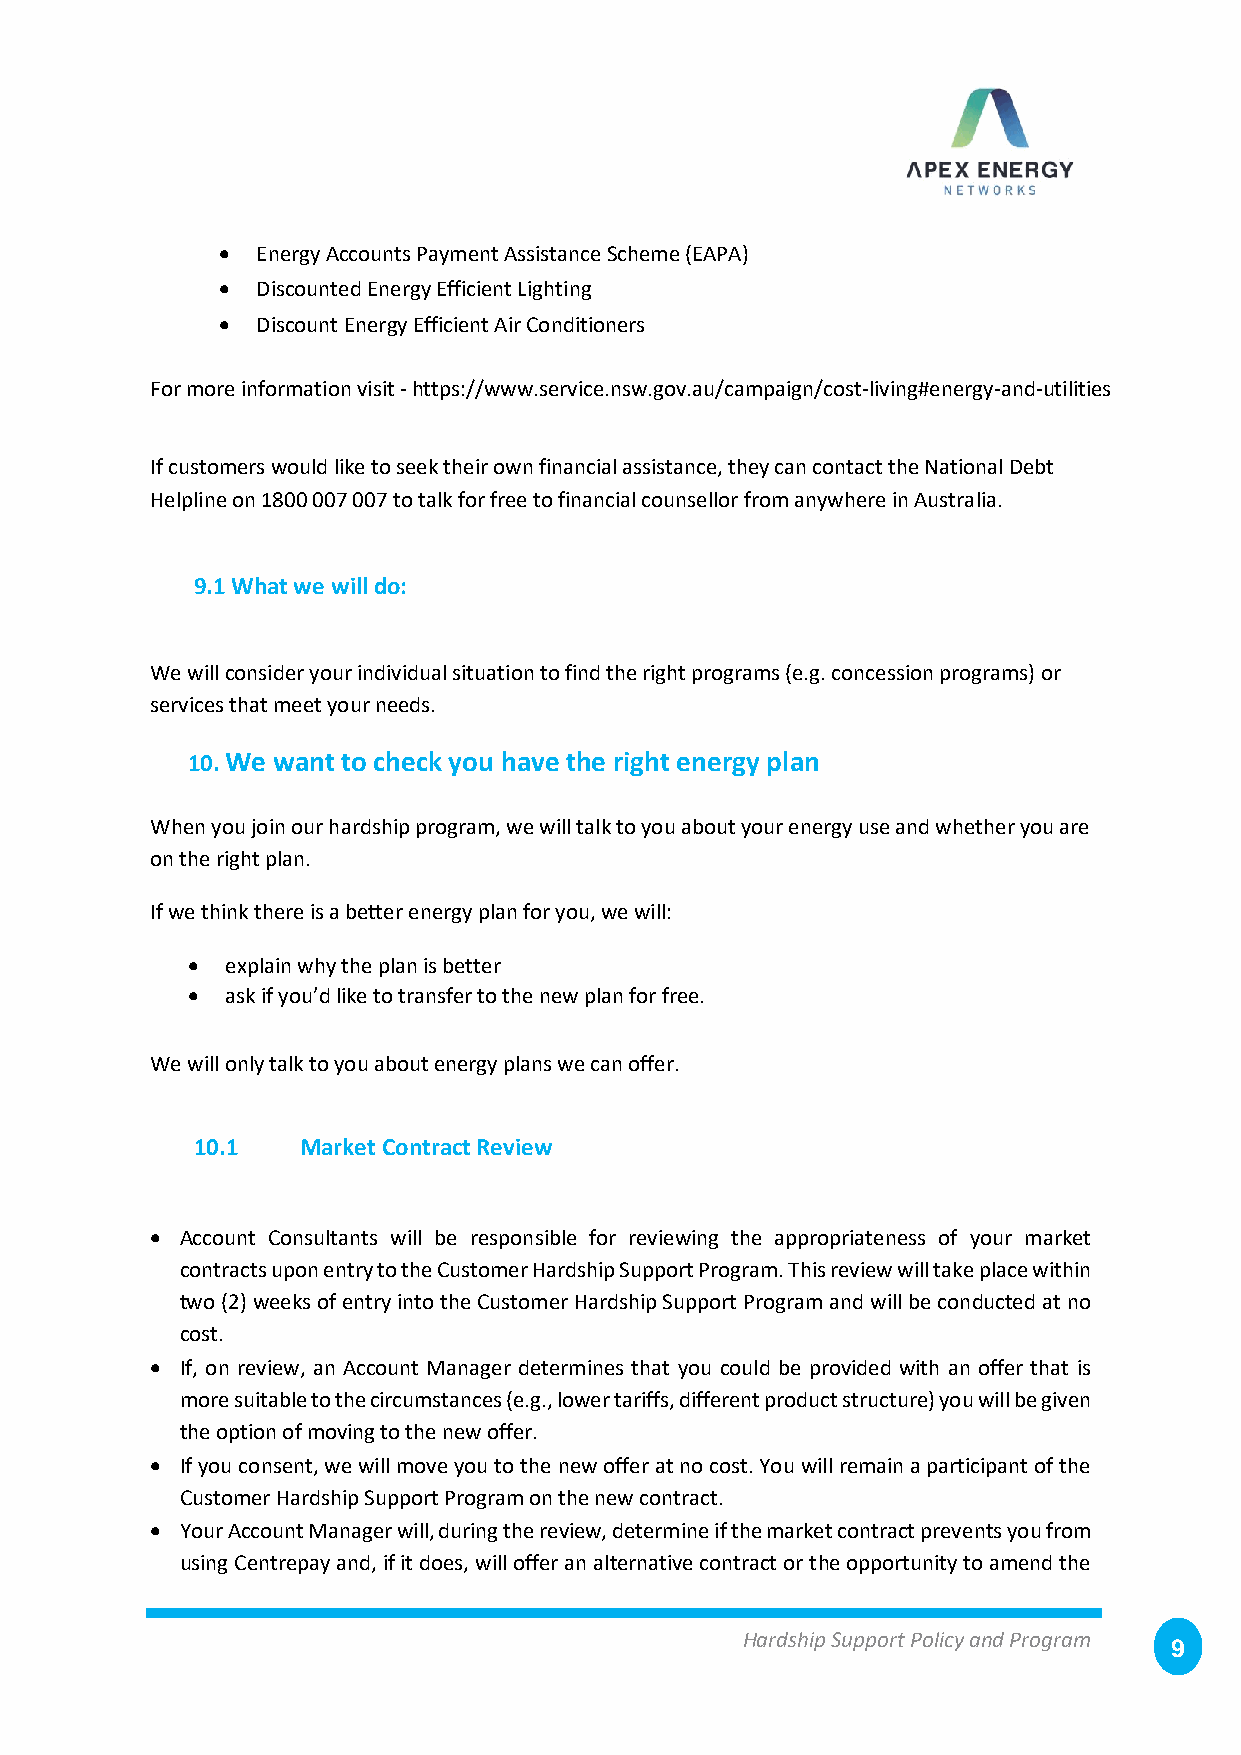
•  Energy Accounts Payment Assistance Scheme (EAPA)
 •  Discounted Energy Efficient Lighting
 •  Discount Energy Efficient Air Conditioners
 For more information visit - https://www.service.nsw.gov.au/campaign/cost-living#energy-and-utilities
 If customers would like to seek their own financial assistance, they can contact the National Debt
 Helpline on 1800 007 007 to talk for free to financial counsellor from anywhere in Australia.
 9.1 What we will do:
 We will consider your individual situation to find the right programs (e.g. concession programs) or
 services that meet your needs.
 10. We want to check you have the right energy plan
 When you join our hardship program, we will talk to you about your energy use and whether you are
 on the right plan.
 If we think there is a better energy plan for you, we will:
 •  explain why the plan is better
 •  ask if you’d like to transfer to the new plan for free.
 We will only talk to you about energy plans we can offer.
 10.1   Market Contract Review
 • Account Consultants will be responsible for reviewing the appropriateness of your market
 contracts upon entry to the Customer Hardship Support Program. This review will take place within
 two (2) weeks of entry into the Customer Hardship Support Program and will be conducted at no
 cost.
 • If, on review, an Account Manager determines that you could be provided with an offer that is
 more suitable to the circumstances (e.g., lower tariffs, different product structure) you will be given
 the option of moving to the new offer.
 • If you consent, we will move you to the new offer at no cost. You will remain a participant of the
 Customer Hardship Support Program on the new contract.
 • Your Account Manager will, during the review, determine if the market contract prevents you from
 using Centrepay and, if it does, will offer an alternative contract or the opportunity to amend the
 Hardship Support Policy and Program
 9